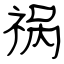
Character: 祸